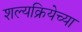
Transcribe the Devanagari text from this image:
शल्यक्रियेच्या